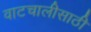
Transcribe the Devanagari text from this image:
वाटचालीसाठी